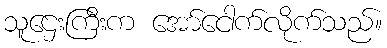
သူဌေးကြီးက အော်ငေါက်လိုက်သည်။